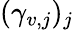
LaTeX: (\gamma_{v,j})_{j}